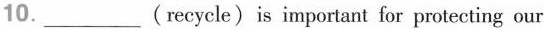
10.___(recycle)is important for protecting our